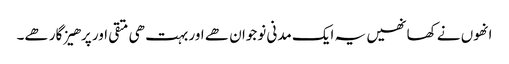
انھوں نے کھا نھیں یہ ایک مدنی نوجوان ھے اور بہت ھی متقی اور پرھیز گار ھے۔